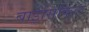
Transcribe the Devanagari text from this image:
बाईसिकिल